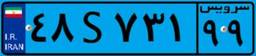
۴۸S۷۳۱۹۹